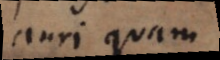
auri quam